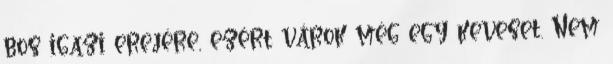
bos igazi erejére, ezért várok még egy keveset. Nem